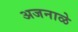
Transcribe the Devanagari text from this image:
अजनाळे